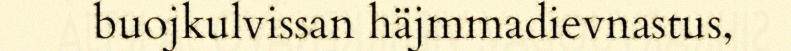
buojkulvissan häjmmadievnastus,